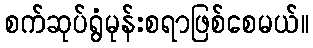
စက်ဆုပ်ရွံမုန်းစရာဖြစ်စေမယ်။